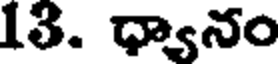
13. ధ్యానం